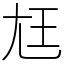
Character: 尪